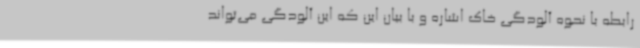
رابطه با نحوه آلودگی خاک‌ اشاره و با بیان این که این آلودگی می‌تواند